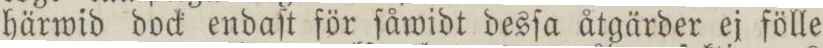
härwid dock endaſt för ſåwidt desſa åtgärder ej fölle